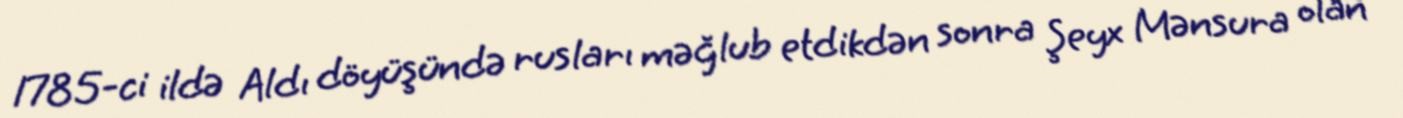
1785-ci ildə Aldı döyüşündə rusları məğlub etdikdən sonra Şeyx Mənsura olan